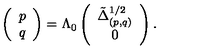
\left( \begin{array} { c } { p } \\ { q } \\ \end{array} \right) = \Lambda _ { 0 } \left( \begin{array} { c } { \tilde { \Delta } _ { ( p , q ) } ^ { 1 / 2 } } \\ { 0 } \\ \end{array} \right) .